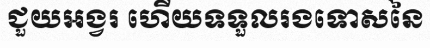
ជួយអង្វរ ហើយទទួលរងទោសនៃ